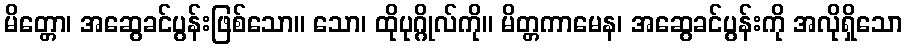
မိတ္တော၊ အဆွေခင်ပွန်းဖြစ်သော။ သော၊ ထိုပုဂ္ဂိုလ်ကို။ မိတ္တကာမေန၊ အဆွေခင်ပွန်းကို အလိုရှိသော